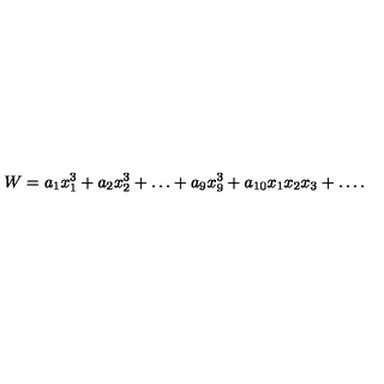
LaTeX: W = a _ { 1 } x _ { 1 } ^ { 3 } + a _ { 2 } x _ { 2 } ^ { 3 } + \ldots + a _ { 9 } x _ { 9 } ^ { 3 } + a _ { 1 0 } x _ { 1 } x _ { 2 } x _ { 3 } + \ldots .